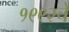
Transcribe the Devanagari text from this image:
१९९२चे